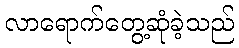
လာရောက်တွေ့ဆုံခဲ့သည်